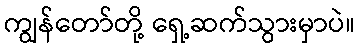
ကျွန်တော်တို့ ရှေ့ဆက်သွားမှာပဲ။